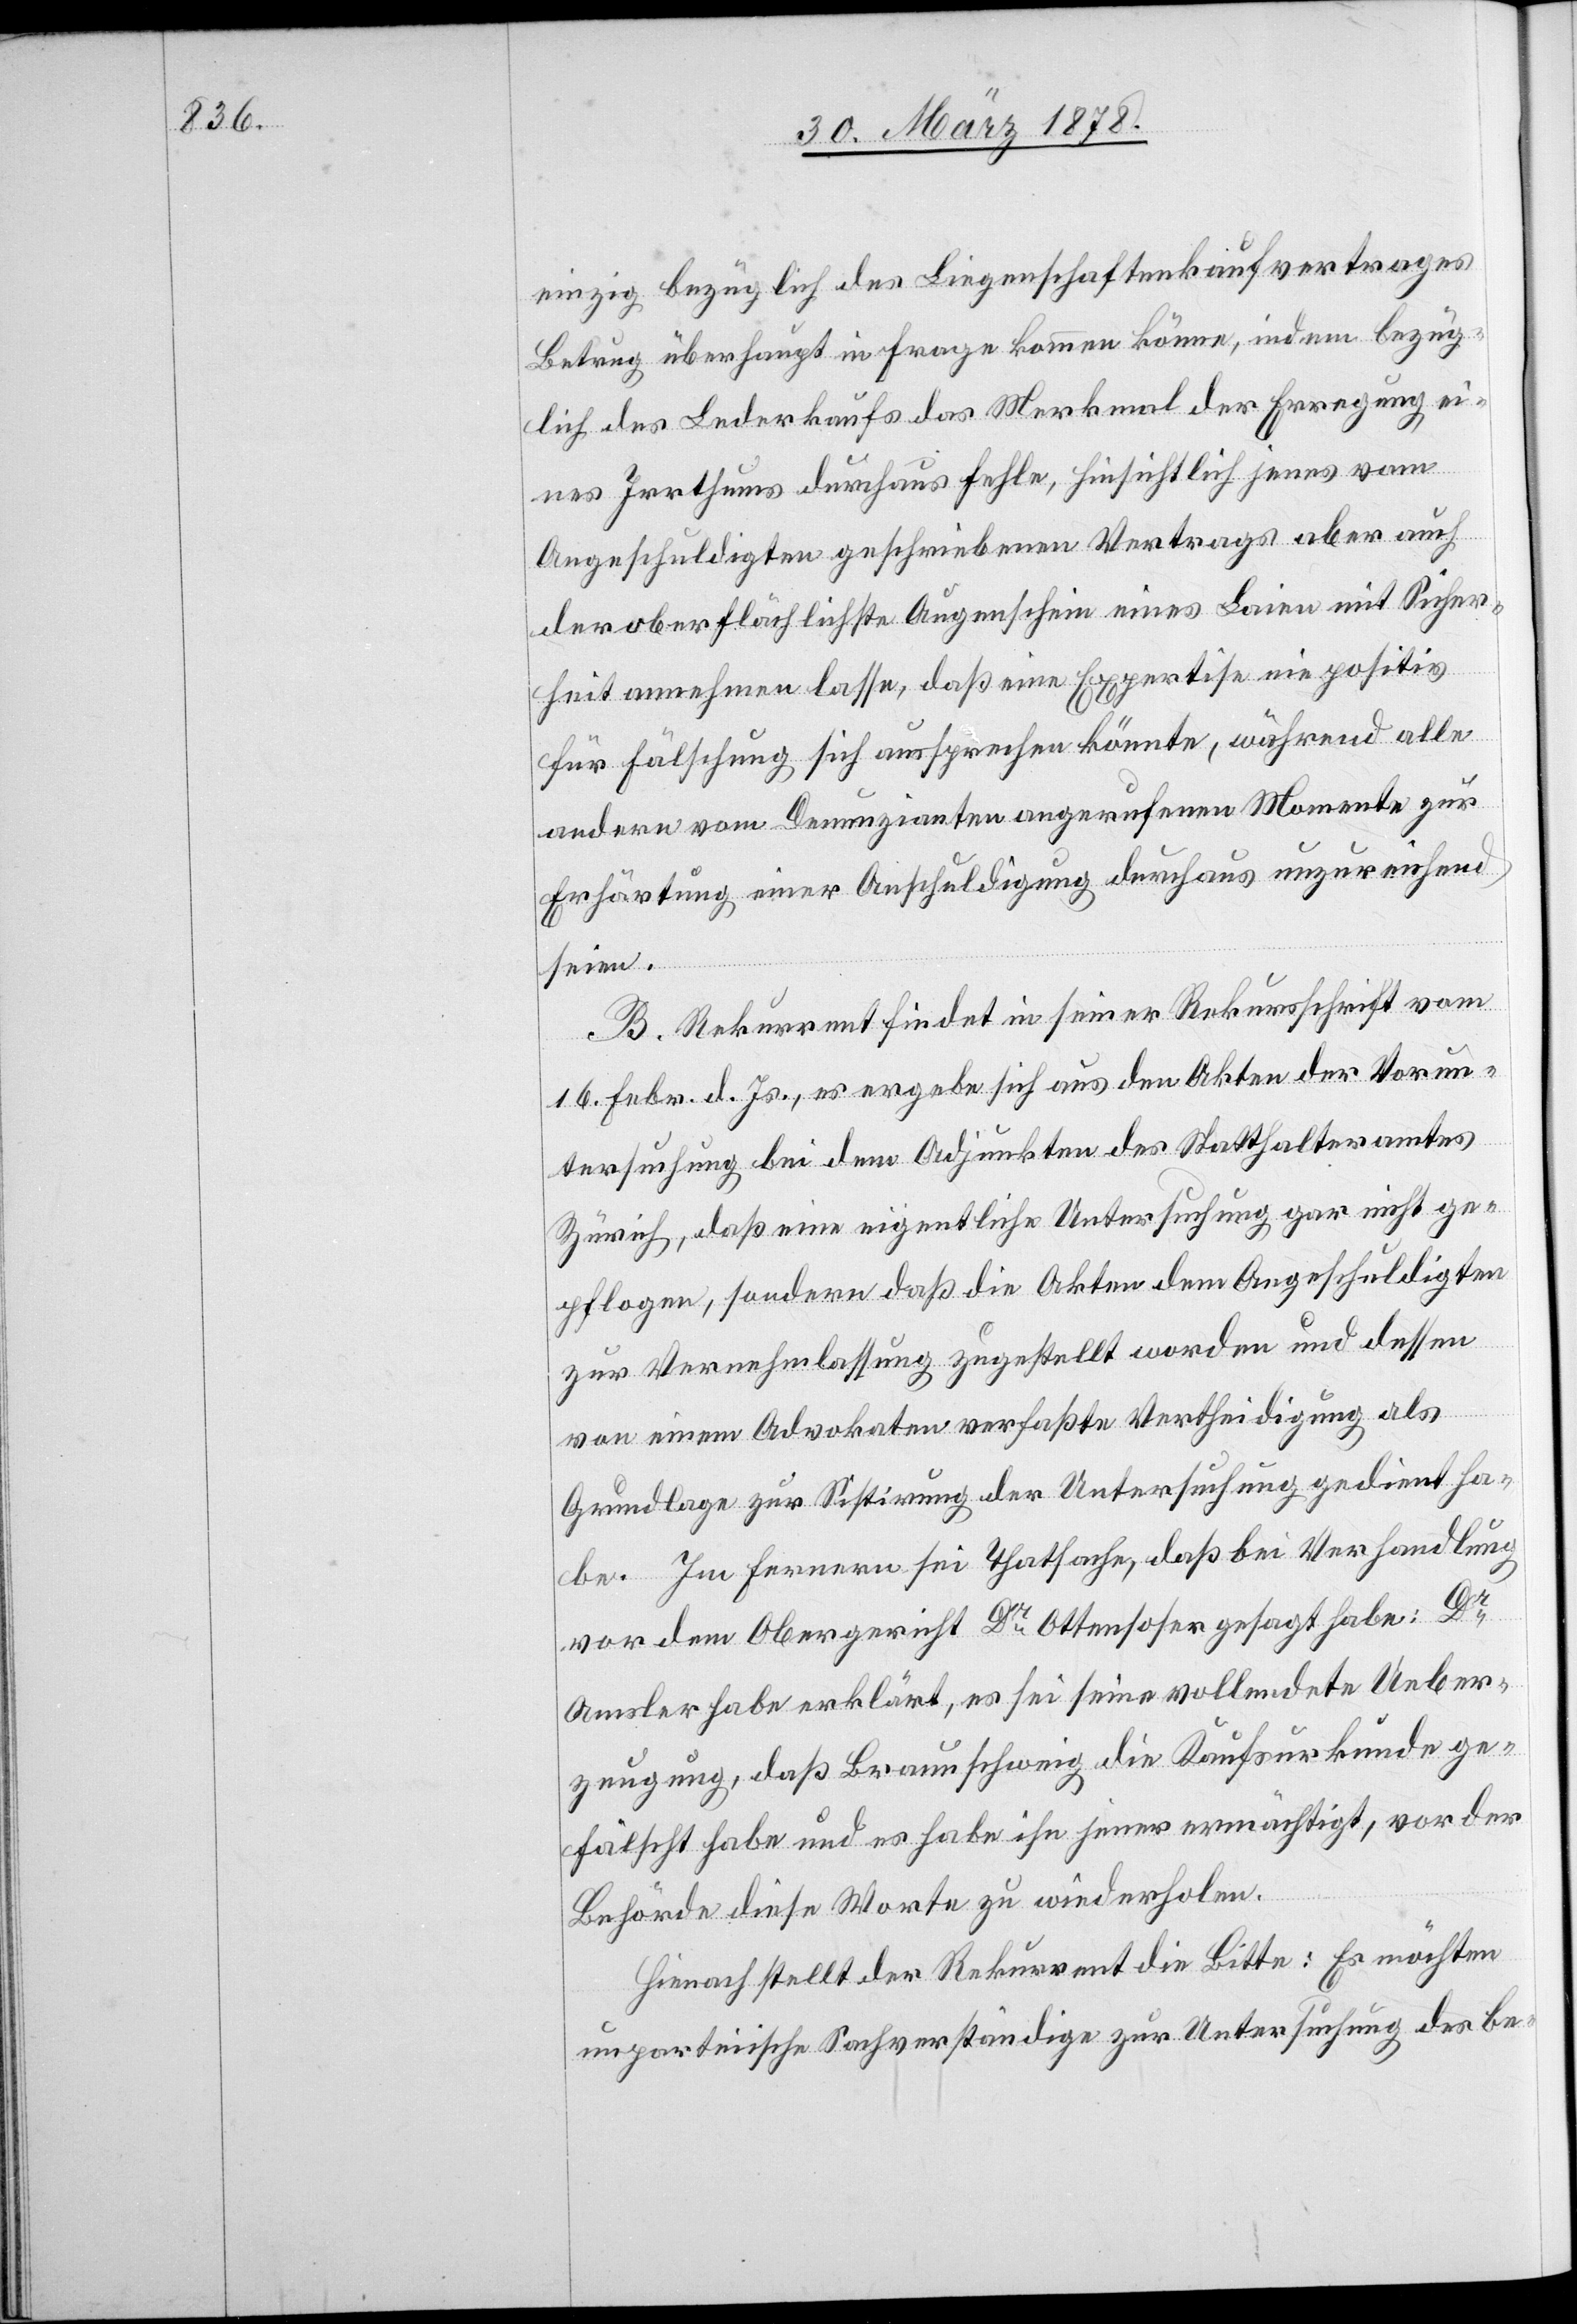
einzig bezüglich des Liegenschaftenkaufvertrages
Betrug überhaupt in Frage kommen könne, indem bezüg¬
lich des Lederkaufs das Merkmal der Erregung ei¬
nes Irrthums durchaus fehle, hinsichtlich jenes vom
Angeschuldigten geschriebenen Vertrages aber auch
der oberflächlichste Augenschein eines Laien mit Sicher¬
heit annehmen lasse, daß eine Expertise nie positiv
für Fälschung sich aussprechen könnte, während alle
andern vom Denunzianten angerufenen Momente zur
Erhärtung einer Anschuldigung durchaus unzureichend
seien.
B. Rekurrent findet in seiner Rekursschrift vom
16. Febr. d. Js., es ergebe sich aus den Akten der Vorun¬
tersuchung bei dem Adjunkten des Statthalteramtes
Zürich, daß eine eigentliche Untersuchung gar nicht ge¬
pflogen, sondern daß die Akten dem Angeschuldigten
zur Vernehmlassung zugestellt worden und dessen
von einem Advokaten verfasste Vertheidigung als
Grundlage zur Sistirung der Untersuchung gedient ha¬
be. Im Fernern sei Thatsache, daß bei Verhandlung
vor dem Obergericht Dr Ottensoser gesagt habe: Dr
Amsler habe erklärt, es sei seine vollendete Ueber¬
zeugung, daß Braunschweig die Kaufsurkunde ge¬
fälscht habe und es habe ihn jener ermächtigt, vor der
Behörde diese Worte zu wiederholen.
Hienach stellt der Rekurrent die Bitte: Es möchten
unparteiische Sachverständige zur Untersuchung des be-